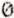
0